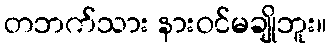
တဘက်သား နားဝင်မချိုဘူး။